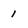
Character: 1